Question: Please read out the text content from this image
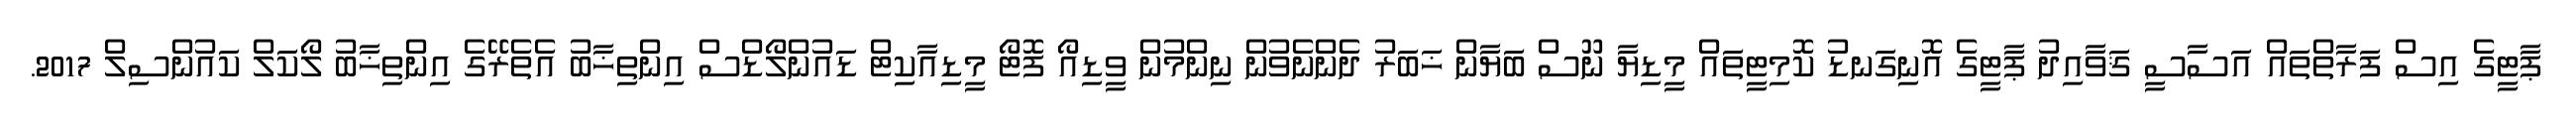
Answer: ޕާޓީގެ އިސް ފަރާތްތައް އަސާސީ ޤަވާއިދު ޕާޓީގެ އޮނިގަނޑު ކޮމިޓީތައް މީޑިޔާ ނޫސް ބަޔާން ޚަބަރު ދެންނެވުން ނިންމުން ވީޑިއޯ ފޮޓޯ މީޑިއާކިޓް ޑައުންލޯޑްސް އިންތިޚާބު އެތެރޭގެ އިންތިޚާބު ލޯކަލް ކައުންސިލް 2017.